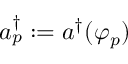
a _ { p } ^ { \dag } : = a ^ { \dag } ( \varphi _ { p } )